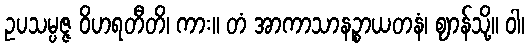
ဥပသမ္ပဇ္ဇ ဝိဟရတီတိ၊ ကား။ တံ အာကာသာနဉ္စာယတနံ၊ ဈာန်သို့။ ဝါ၊